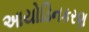
આયોડિનકરણ